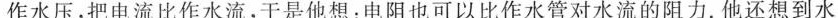
作水压，把电流比作水流，于是他想：电阻也可以比作水管对水流的阻力。他还想到水